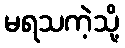
မရသကဲ့သို့